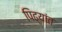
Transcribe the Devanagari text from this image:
पिढ्यांत